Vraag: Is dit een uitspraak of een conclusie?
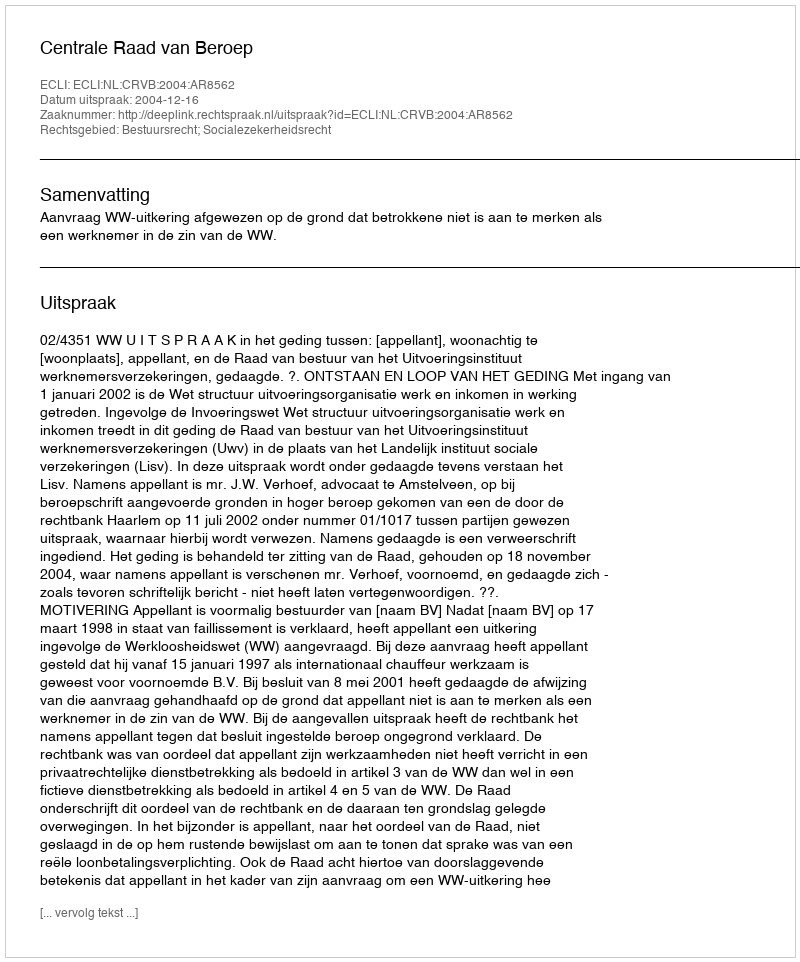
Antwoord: Uitspraak